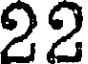
22